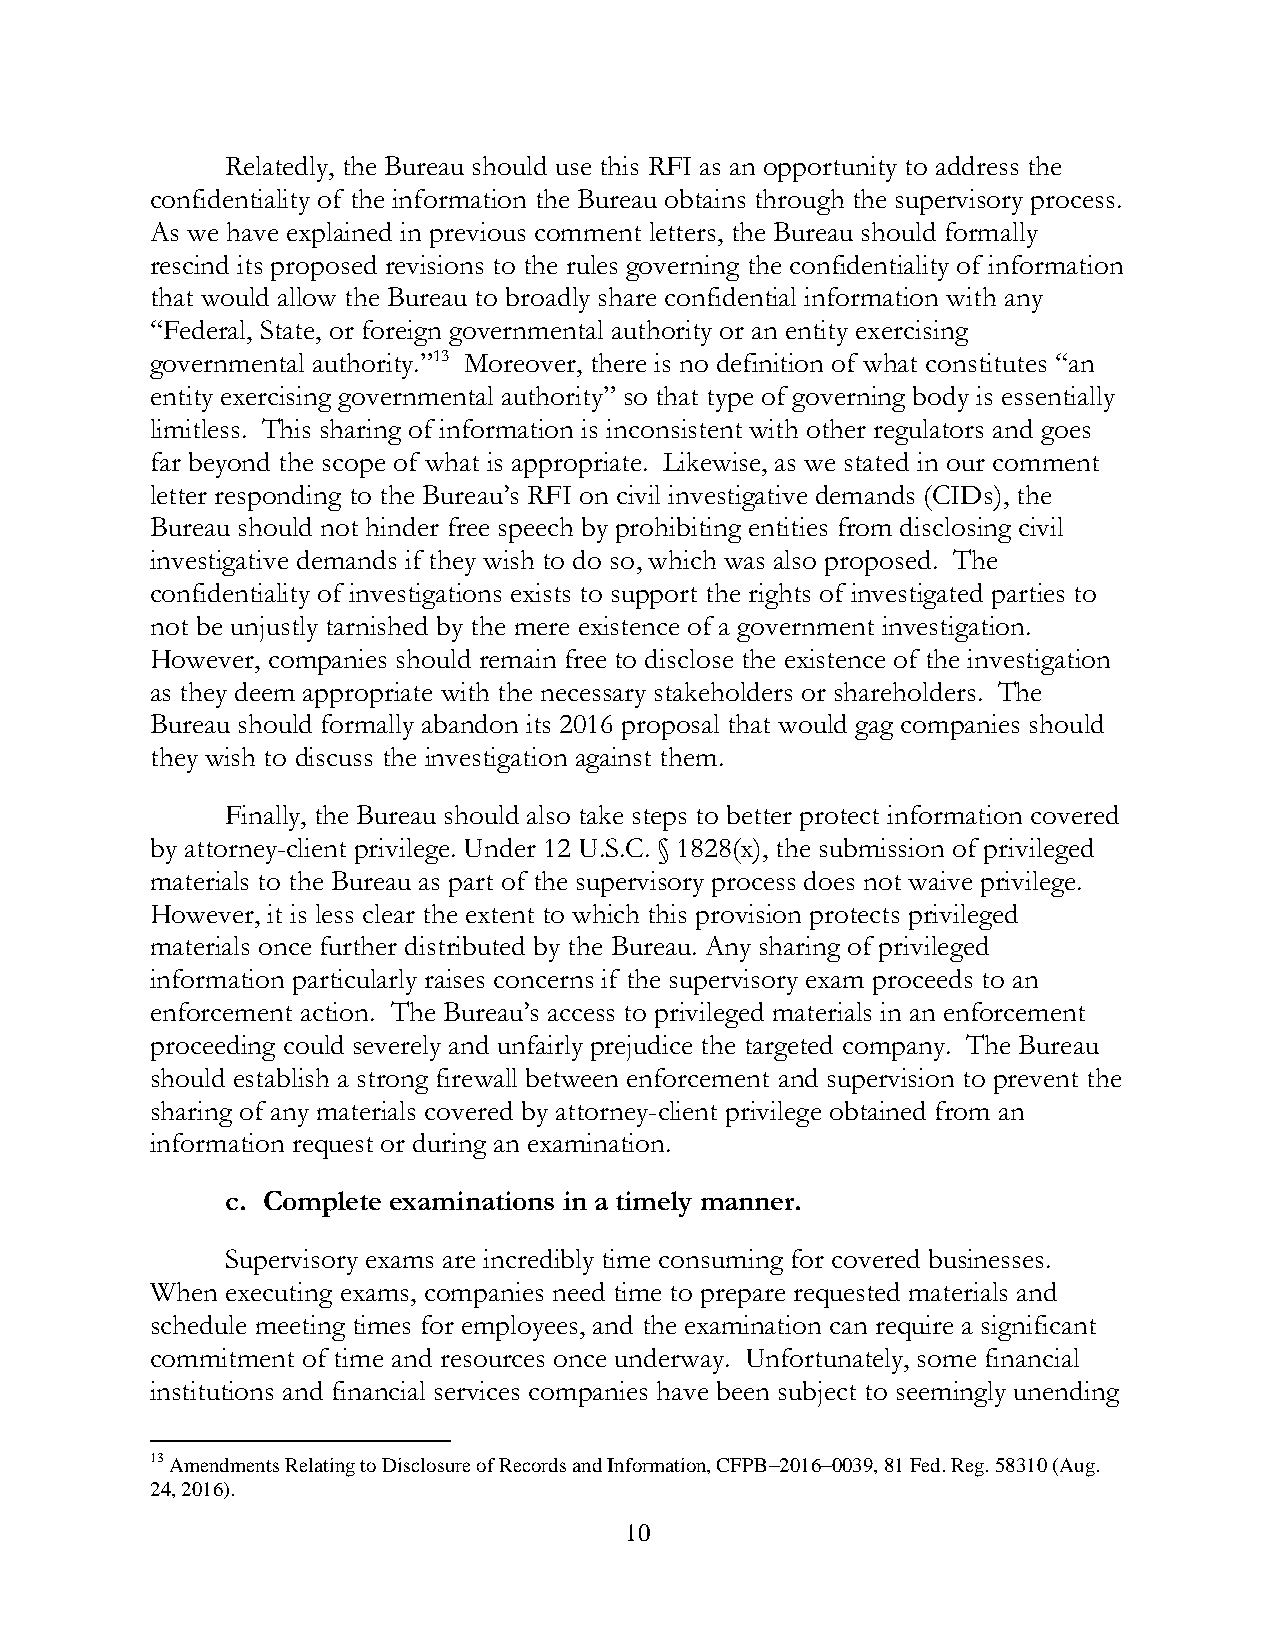
Relatedly, the Bureau should use this RFI as an opportunity to address the
 confidentiality of the information the Bureau obtains through the supervisory process.
 As we have explained in previous comment letters, the Bureau should formally
 rescind its proposed revisions to the rules governing the confidentiality of information
 that would allow the Bureau to broadly share confidential information with any
 “Federal, State, or foreign governmental authority or an entity exercising
 governmental authority.”13 Moreover, there is no definition of what constitutes “an
 entity exercising governmental authority” so that type of governing body is essentially
 limitless. This sharing of information is inconsistent with other regulators and goes
 far beyond the scope of what is appropriate. Likewise, as we stated in our comment
 letter responding to the Bureau’s RFI on civil investigative demands (CIDs), the
 Bureau should not hinder free speech by prohibiting entities from disclosing civil
 investigative demands if they wish to do so, which was also proposed. The
 confidentiality of investigations exists to support the rights of investigated parties to
 not be unjustly tarnished by the mere existence of a government investigation.
 However, companies should remain free to disclose the existence of the investigation
 as they deem appropriate with the necessary stakeholders or shareholders. The
 Bureau should formally abandon its 2016 proposal that would gag companies should
 they wish to discuss the investigation against them.
 Finally, the Bureau should also take steps to better protect information covered
 by attorney-client privilege. Under 12 U.S.C. § 1828(x), the submission of privileged
 materials to the Bureau as part of the supervisory process does not waive privilege.
 However, it is less clear the extent to which this provision protects privileged
 materials once further distributed by the Bureau. Any sharing of privileged
 information particularly raises concerns if the supervisory exam proceeds to an
 enforcement action. The Bureau’s access to privileged materials in an enforcement
 proceeding could severely and unfairly prejudice the targeted company. The Bureau
 should establish a strong firewall between enforcement and supervision to prevent the
 sharing of any materials covered by attorney-client privilege obtained from an
 information request or during an examination.
 c. Complete examinations in a timely manner.
 Supervisory exams are incredibly time consuming for covered businesses.
 When executing exams, companies need time to prepare requested materials and
 schedule meeting times for employees, and the examination can require a significant
 commitment of time and resources once underway. Unfortunately, some financial
 institutions and financial services companies have been subject to seemingly unending
 13 Amendments Relating to Disclosure of Records and Information, CFPB–2016–0039, 81 Fed. Reg. 58310 (Aug.
 24, 2016).
 10